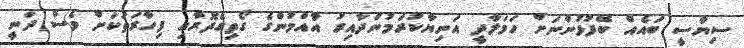
ސިޔާސީ ބައެއް ބޭފުޅުންނަށް ހަމަލާދީ އަނިޔާކުރަމުންދާއިރު އާއްމުންގެ ގޯތިގެދޮރާއި ފިހާރަތަކަށް ވެސް ދަނީ